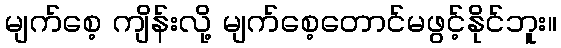
မျက်စေ့ ကျိန်းလို့ မျက်စေ့တောင်မဖွင့်နိုင်ဘူး။